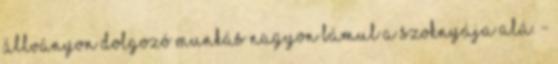
állványon dolgozó munkás nagyon bámul a szoknyája alá. -